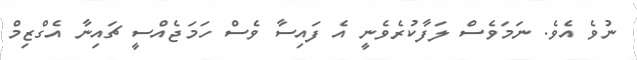
ނުވެ އެވެ. ނަމަވެސް ލަފާކުރެވެނީ އެ ފައިސާ ވެސް ހަމަޖެއްސީ ޗައިނާ އެގްޒިމް